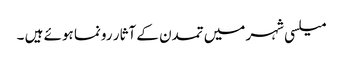
میلسی شہر میں تمدن کے آثار رونما ہوئے ہیں ۔